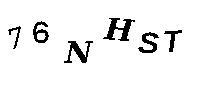
76NHST